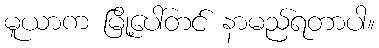
မူယာက မြို့ပေါ်တင် နာမည်ရတာပါ။